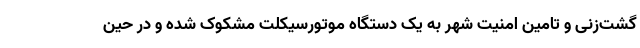
گشت‌زنی و تامین امنیت شهر به یک دستگاه موتورسیکلت مشکوک شده و در حین